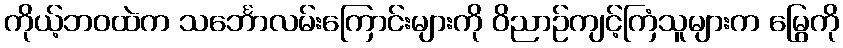
ကိုယ့်ဘဝထဲက သင်္ဘောလမ်းကြောင်းများကို ဝိညာဉ်ကျင့်ကြံသူများက မြွေကို